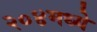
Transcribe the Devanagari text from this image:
२०४मध्ये